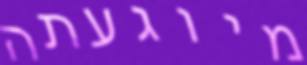
מיוגעתה